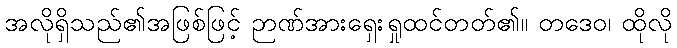
အလိုရှိသည်၏အဖြစ်ဖြင့် ဉာဏ်အားရှေးရှုထင်တတ်၏။ တဒေဝ၊ ထိုလို